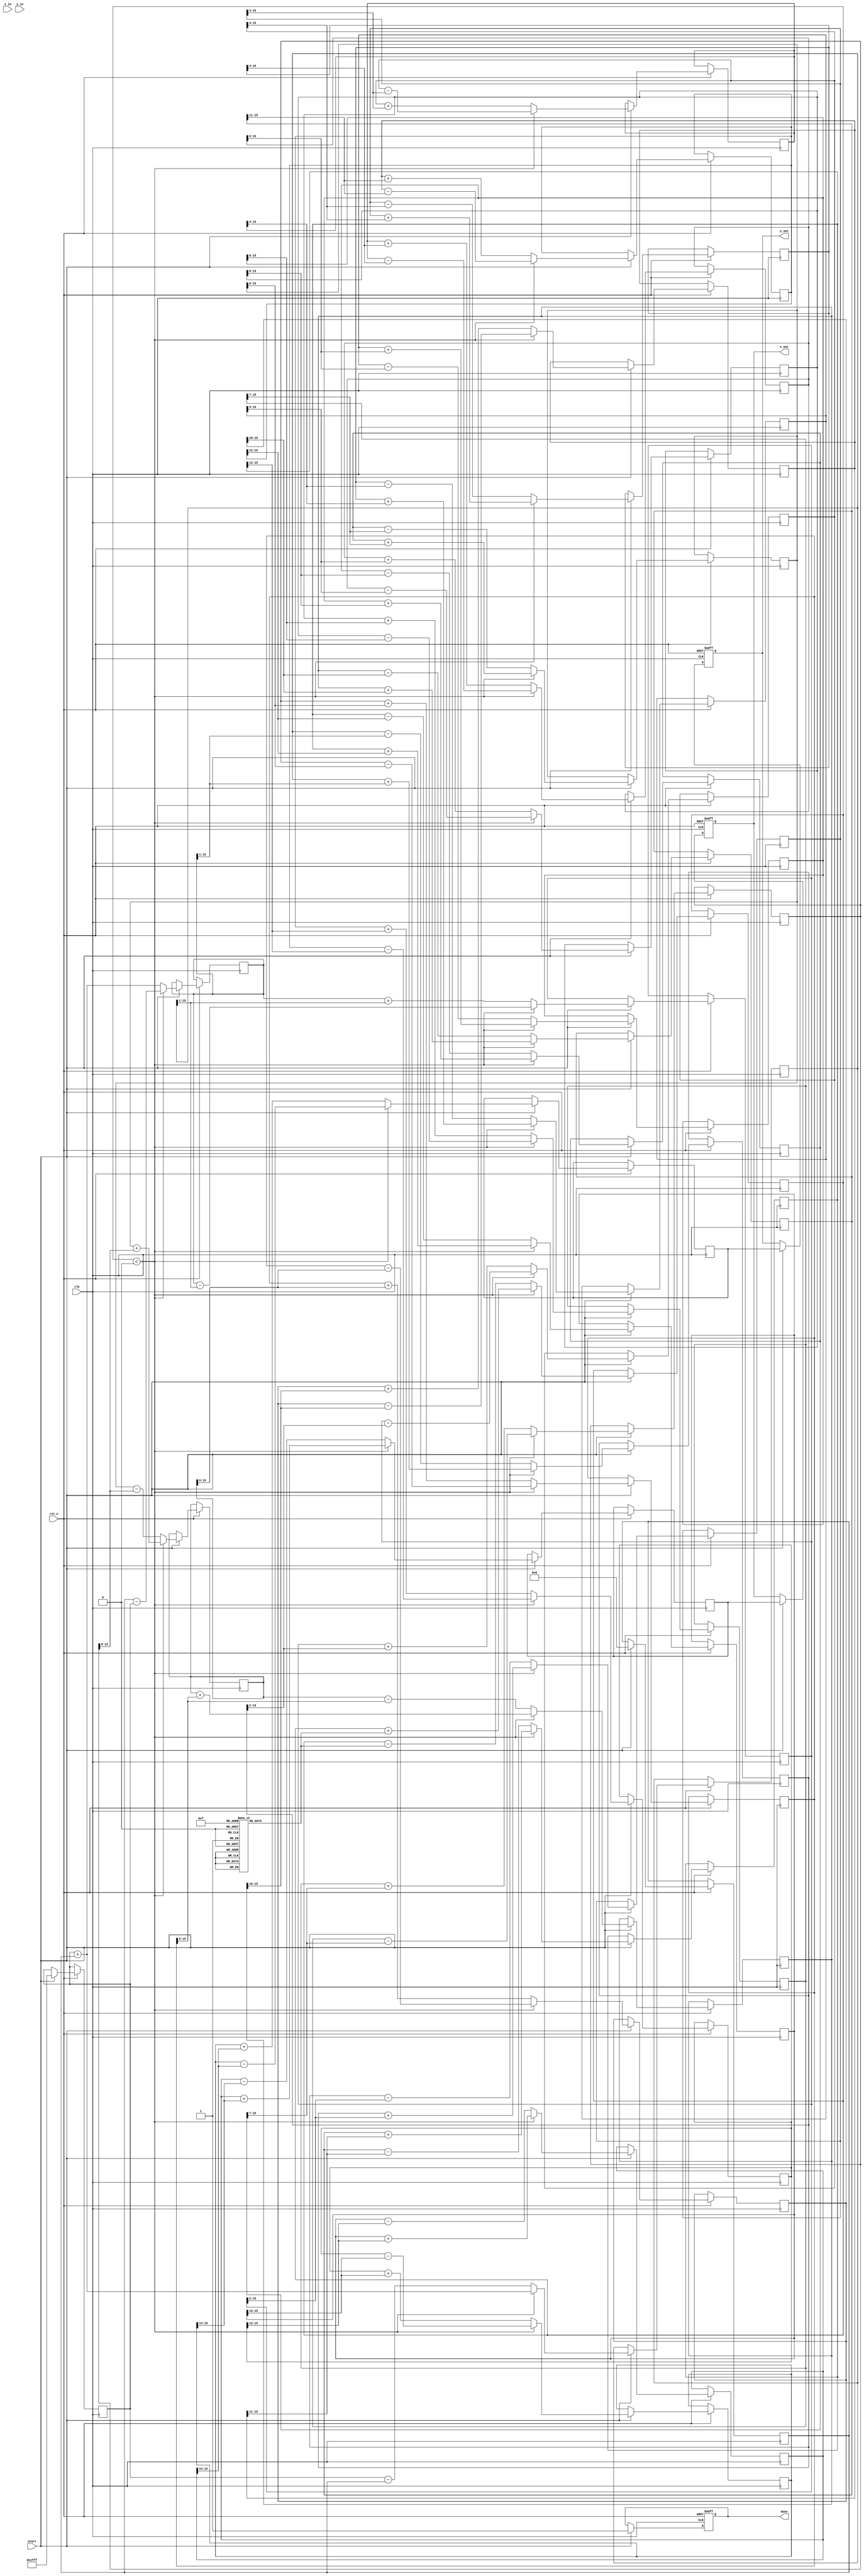
module cordic_fixed_point #(
    parameter DATA_WIDTH = 16,      // Fixed-point data width
    parameter ITERATIONS = 16,      // Number of CORDIC iterations
    parameter CORDIC_MODE = 0       // 0: Rotation, 1: Vectoring
)(
    input wire clk,                  // Clock signal
    input wire rst_n,                // Active low reset
    input wire start,                // Start signal
    input wire signed [DATA_WIDTH-1:0] x_in, // Input x for vectoring mode, or angle for rotation
    input wire signed [DATA_WIDTH-1:0] y_in, // Input y for vectoring mode, ignored in rotation mode
    output reg signed [DATA_WIDTH-1:0] x_out, // Output x
    output reg signed [DATA_WIDTH-1:0] y_out, // Output y (or sine, cosine)
    output reg done                  // Done signal
);

// CORDIC parameters
reg signed [DATA_WIDTH-1:0] z;
reg signed [DATA_WIDTH-1:0] x[0:ITERATIONS-1];
reg signed [DATA_WIDTH-1:0] y[0:ITERATIONS-1];
reg [4:0] angle_table[0:ITERATIONS-1]; // Arctangent lookup

initial begin
    // Initialize angle table for CORDIC angles (in fixed-point format)
    // Example values (in fractional representation, modify for specific implementations)
    angle_table[0] = 16'h1C6C; // atan(2^0)
    angle_table[1] = 16'h12E4; // atan(2^-1)
    angle_table[2] = 16'h0A34; // atan(2^-2)
    // Continue initializing for further iterations...
end

integer i;

always @(posedge clk or negedge rst_n) begin
    if (!rst_n) begin
        // Reset outputs
        done <= 0;
        x_out <= 0;
        y_out <= 0;
    end else if (start) begin
        // Initialize
        done <= 0;
        if (CORDIC_MODE == 0) begin // Rotation mode
            z <= x_in; // Load angle
            x[0] <= 16'h1FFF; // Load initial x vector (1.0 in fixed-point)
            y[0] <= 0;       // Load initial y vector (0.0 in fixed-point)
        end else begin // Vectoring mode
            x[0] <= x_in; // Load x vector
            y[0] <= y_in; // Load y vector
            z <= 0; // Angle starts at 0 for vectoring
        end
        
        // Start CORDIC algorithm: Iteration
        for (i = 0; i < ITERATIONS; i = i + 1) begin
            if (CORDIC_MODE == 0) begin // Rotation mode
                if (z < 0) begin
                    x[i + 1] <= x[i] + (y[i] >>> i);
                    y[i + 1] <= y[i] - (x[i] >>> i);
                    z <= z + angle_table[i];
                end else begin
                    x[i + 1] <= x[i] - (y[i] >>> i);
                    y[i + 1] <= y[i] + (x[i] >>> i);
                    z <= z - angle_table[i];
                end
            end else begin // Vectoring mode
                if (y[i] < 0) begin
                    x[i + 1] <= x[i] + (y[i] >>> i);
                    y[i + 1] <= y[i] + (x[i] >>> i);
                    z <= z - angle_table[i];
                end else begin
                    x[i + 1] <= x[i] - (y[i] >>> i);
                    y[i + 1] <= y[i] - (x[i] >>> i);
                    z <= z + angle_table[i];
                end
            end
        end

        // Finish
        x_out <= x[ITERATIONS - 1];
        y_out <= y[ITERATIONS - 1];
        done <= 1; // Set done when all iterations are complete
    end
end

endmodule